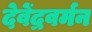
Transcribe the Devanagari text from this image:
देवेंद्रवर्मन